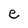
Character: e